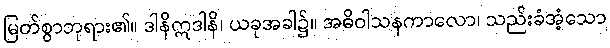
မြတ်စွာဘုရား၏။ ဒါနိဣဒါနိ၊ ယခုအခါ၌။ အဓိဝါသနကာလော၊ သည်းခံအံ့သော